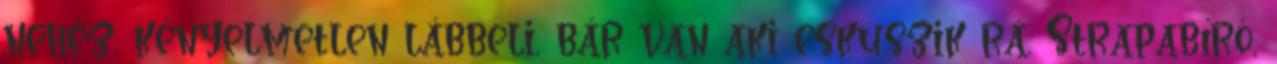
nehéz, kényelmetlen lábbeli, bár van aki esküszik rá. Strapabíró,